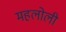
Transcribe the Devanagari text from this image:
महलोली